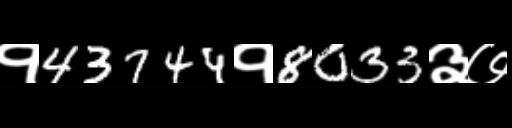
Text: १43744१8033३७